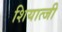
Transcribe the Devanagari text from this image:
शियात्जी